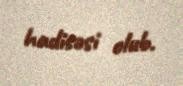
hadisəsi olub.